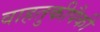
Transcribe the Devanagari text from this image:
वाहतुकीपैकी